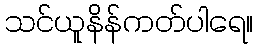
သင်ယူနိန်ကတ်ပါရေ။